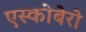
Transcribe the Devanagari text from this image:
एस्कोबेरो